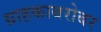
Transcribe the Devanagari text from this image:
ग्राहकाबरोबर